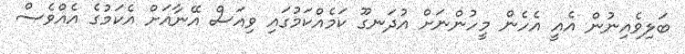
ބަލިވެއިނުން އެއީ އެހެން މީހުންނަށް އުދަނގޫ ކަމެއްކަމުގައި ވިއަސް އޭނާއަށް އެކަމުގެ އެއްވެސް